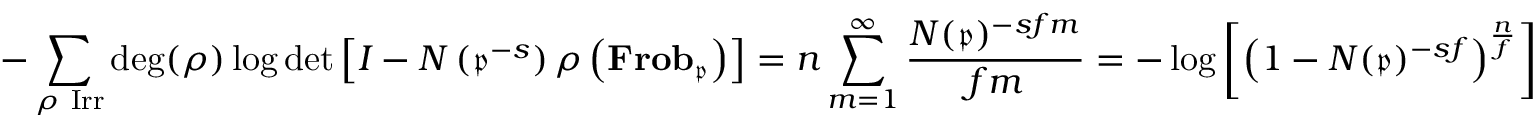
- \sum _ { \rho { \mathrm { ~ I r r } } } \deg ( \rho ) \log \operatorname* { d e t } \left[ I - N \left( { \mathfrak { p } } ^ { - s } \right) \rho \left( \mathbf { F r o b } _ { \mathfrak { p } } \right) \right] = n \sum _ { m = 1 } ^ { \infty } { \frac { N ( { \mathfrak { p } } ) ^ { - s f m } } { f m } } = - \log \left[ \left( 1 - N ( { \mathfrak { p } } ) ^ { - s f } \right) ^ { \frac { n } { f } } \right]